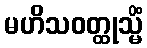
မဟိသဝတ္ထုသ္မိံ